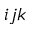
i j k